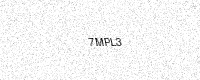
Text: 7MPL3